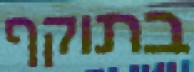
בתוקף